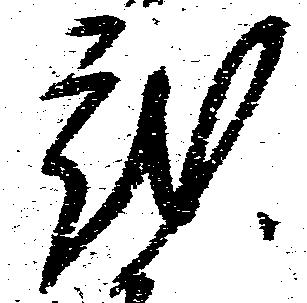
蔵